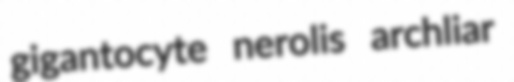
gigantocyte nerolis archliar